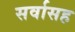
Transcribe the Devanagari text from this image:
सर्वासह